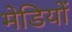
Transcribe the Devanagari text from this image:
मेडियों